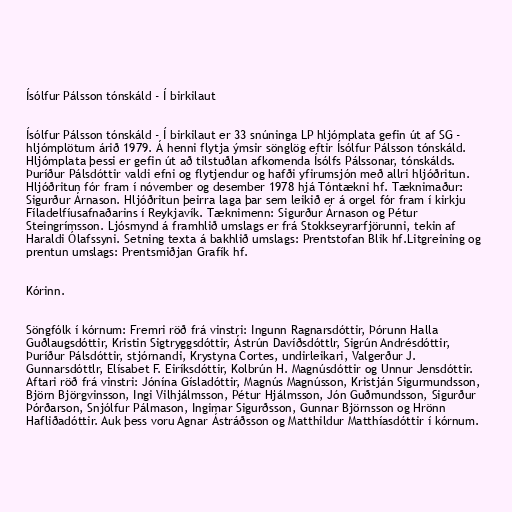
Ísólfur Pálsson tónskáld - Í birkilaut

Ísólfur Pálsson tónskáld - Í birkilaut er 33 snúninga LP hljómplata gefin út af SG -
hljómplötum árið 1979. Á henni flytja ýmsir sönglög eftir Ísólfur Pálsson tónskáld.
Hljómplata þessi er gefin út að tilstuðlan afkomenda Ísólfs Pálssonar, tónskálds.
Þuríður Pálsdóttir valdi efni og flytjendur og hafði yfirumsjón með allri hljóðritun.
Hljóðritun fór fram í nóvember og desember 1978 hjá Tóntækni hf. Tæknimaður:
Sigurður Árnason. Hljóðritun þeirra laga þar sem leikið er á orgel fór fram í kirkju
Fíladelfíusafnaðarins í Reykjavík. Tæknimenn: Sigurður Árnason og Pétur
Steingrímsson. Ljósmynd á framhlið umslags er frá Stokkseyrarfjörunni, tekin af
Haraldi Ólafssyni. Setning texta á bakhlið umslags: Prentstofan Blik hf.Litgreining og
prentun umslags: Prentsmiðjan Grafík hf.

Kórinn.

Söngfólk í kórnum: Fremri röð frá vinstri: Ingunn Ragnarsdóttir, Þórunn Halla
Guðlaugsdóttir, Kristin Sigtryggsdóttir, Ástrún Davíðsdóttlr, Sigrún Andrésdóttir,
Þuríður Pálsdóttir, stjórnandi, Krystyna Cortes, undirleikari, Valgerður J.
Gunnarsdóttlr, Elísabet F. Eiríksdóttir, Kolbrún H. Magnúsdóttir og Unnur Jensdóttir.
Aftari röð frá vinstri: Jónína Gísladóttir, Magnús Magnússon, Kristján Sigurmundsson,
Björn Björgvinsson, Ingi Vilhjálmsson, Pétur Hjálmsson, Jón Guðmundsson, Sigurður
Þórðarson, Snjólfur Pálmason, Ingimar Sigurðsson, Gunnar Björnsson og Hrönn
Hafliðadóttir. Auk þess voru Agnar Ástráðsson og Matthildur Matthíasdóttir í kórnum.